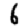
Digit: 6